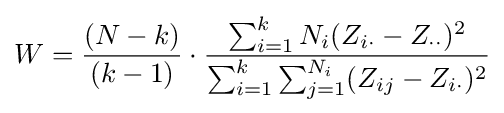
W={\frac {(N-k)}{(k-1)}}\cdot {\frac {\sum _{i=1}^{k}N_{i}(Z_{i\cdot }-Z_{\cdot \cdot })^{2}}{\sum _{i=1}^{k}\sum _{j=1}^{N_{i}}(Z_{ij}-Z_{i\cdot })^{2}}}